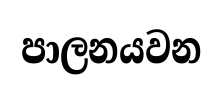
පාලනයවන